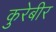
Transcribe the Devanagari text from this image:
कुरेबीर